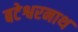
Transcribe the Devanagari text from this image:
बटेश्वरनाथ